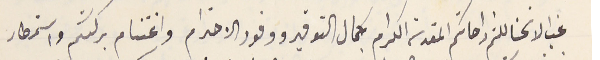
غب الانحنا للثم راحاتكم المقدسة الكرام بكمال التوفير ووفور الاحترام واغتنام بركتكم واستمطار